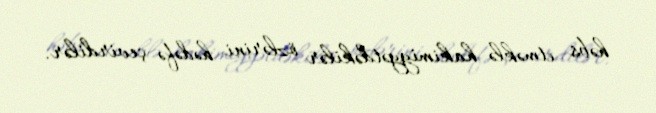
həbs etməklə hakimiyyətdəkilər özlərini hədəfə çevirdilər.